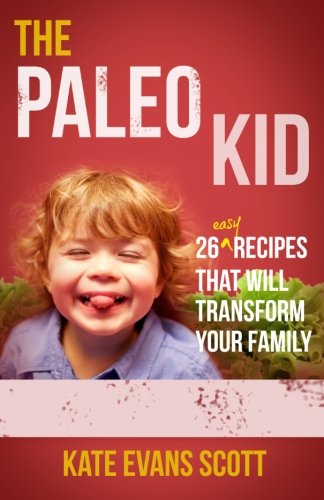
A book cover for The Paleo Kid: 26 Easy Recipes That Will Transform Your Family (Primal Gluten Free Kids Cookbook); Kate Evans Scott; Health, Fitness & Dieting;